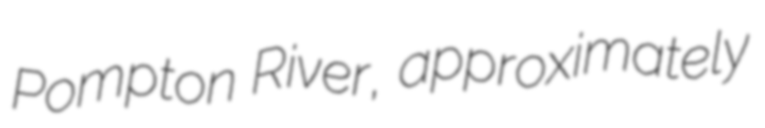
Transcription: Pompton River, approximately